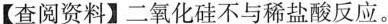
【查阅资料】二氧化硅不与稀盐酸反应。